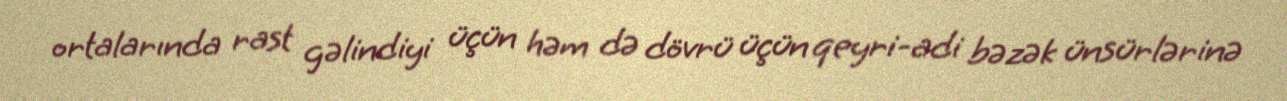
ortalarında rast gəlindiyi üçün həm də dövrü üçün qeyri-adi bəzək ünsürlərinə